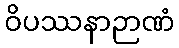
ဝိပဿနာဉာဏံ